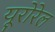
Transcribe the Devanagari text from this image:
यूरोरेल